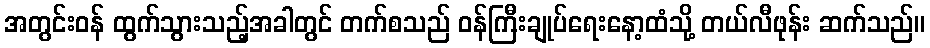
အတွင်းဝန် ထွက်သွားသည့်အခါတွင် တက်စသည် ဝန်ကြီးချုပ်ရေးနော့ထံသို့ တယ်လီဖုန်း ဆက်သည်။